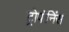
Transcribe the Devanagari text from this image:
ट्रोपोनिंस